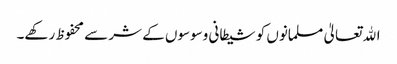
اﷲ تعالیٰ مسلمانوں کو شیطانی وسوسوں کے شر سے محفوظ رکھے۔